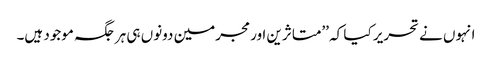
انہوں نے تحریر کیا کہ ’’متاثرین اور مجرمین دونوں ہی ہرجگہ موجود ہیں۔